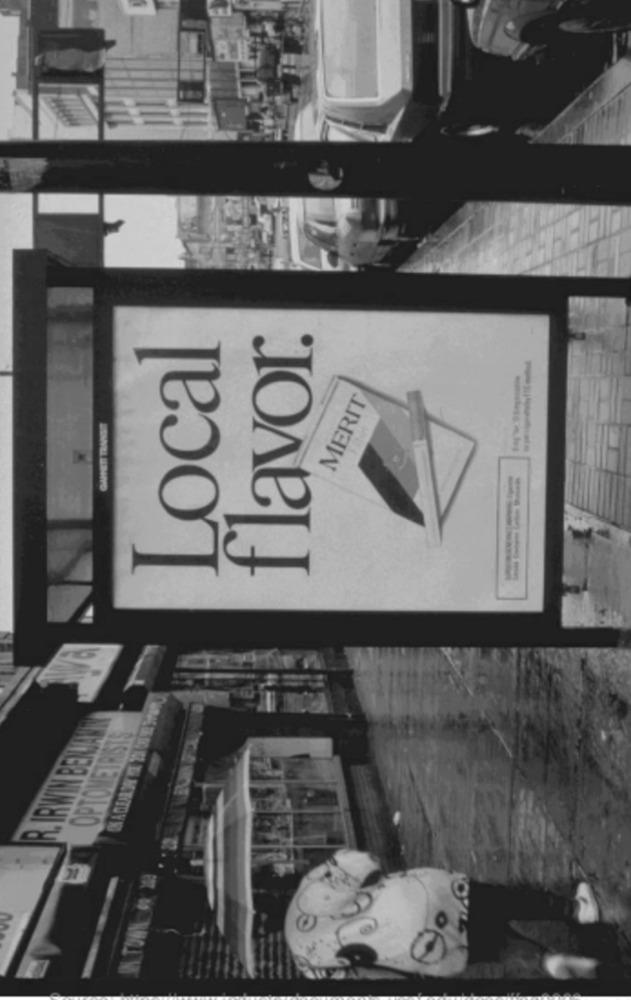
Local
flavor.
MERIT
-----
====
R. IRWIN BENJAMIN
OPTOMETRISTS